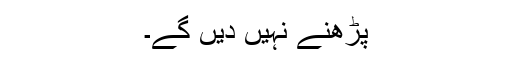
پڑھنے نہیں دیں گے۔